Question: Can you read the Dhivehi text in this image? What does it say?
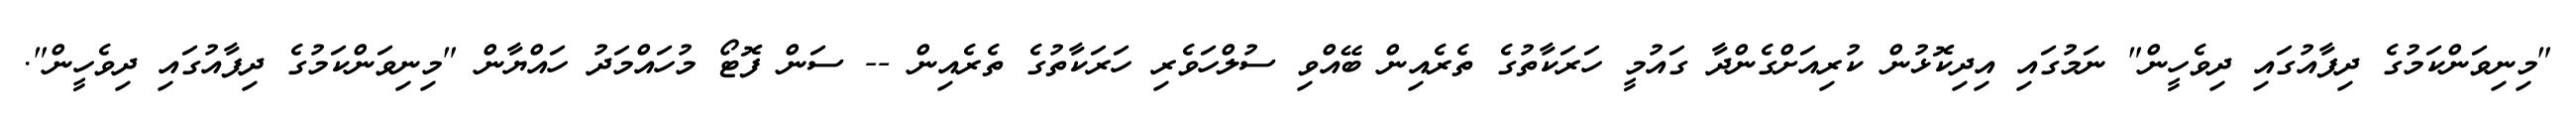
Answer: "މިނިވަންކަމުގެ ދިފާއުގައި ދިވެހީން" ނަމުގައި އިދިކޮޅުން ކުރިއަށްގެންދާ ގައުމީ ހަރަކާތުގެ ތެރެއިން ބޭއްވި ސުލްހަވެރި ހަރަކާތުގެ ތެރެއިން -- ސަން ފޮޓޯ މުހައްމަދު ހައްޔާން "މިނިވަންކަމުގެ ދިފާއުގައި ދިވެހީން".